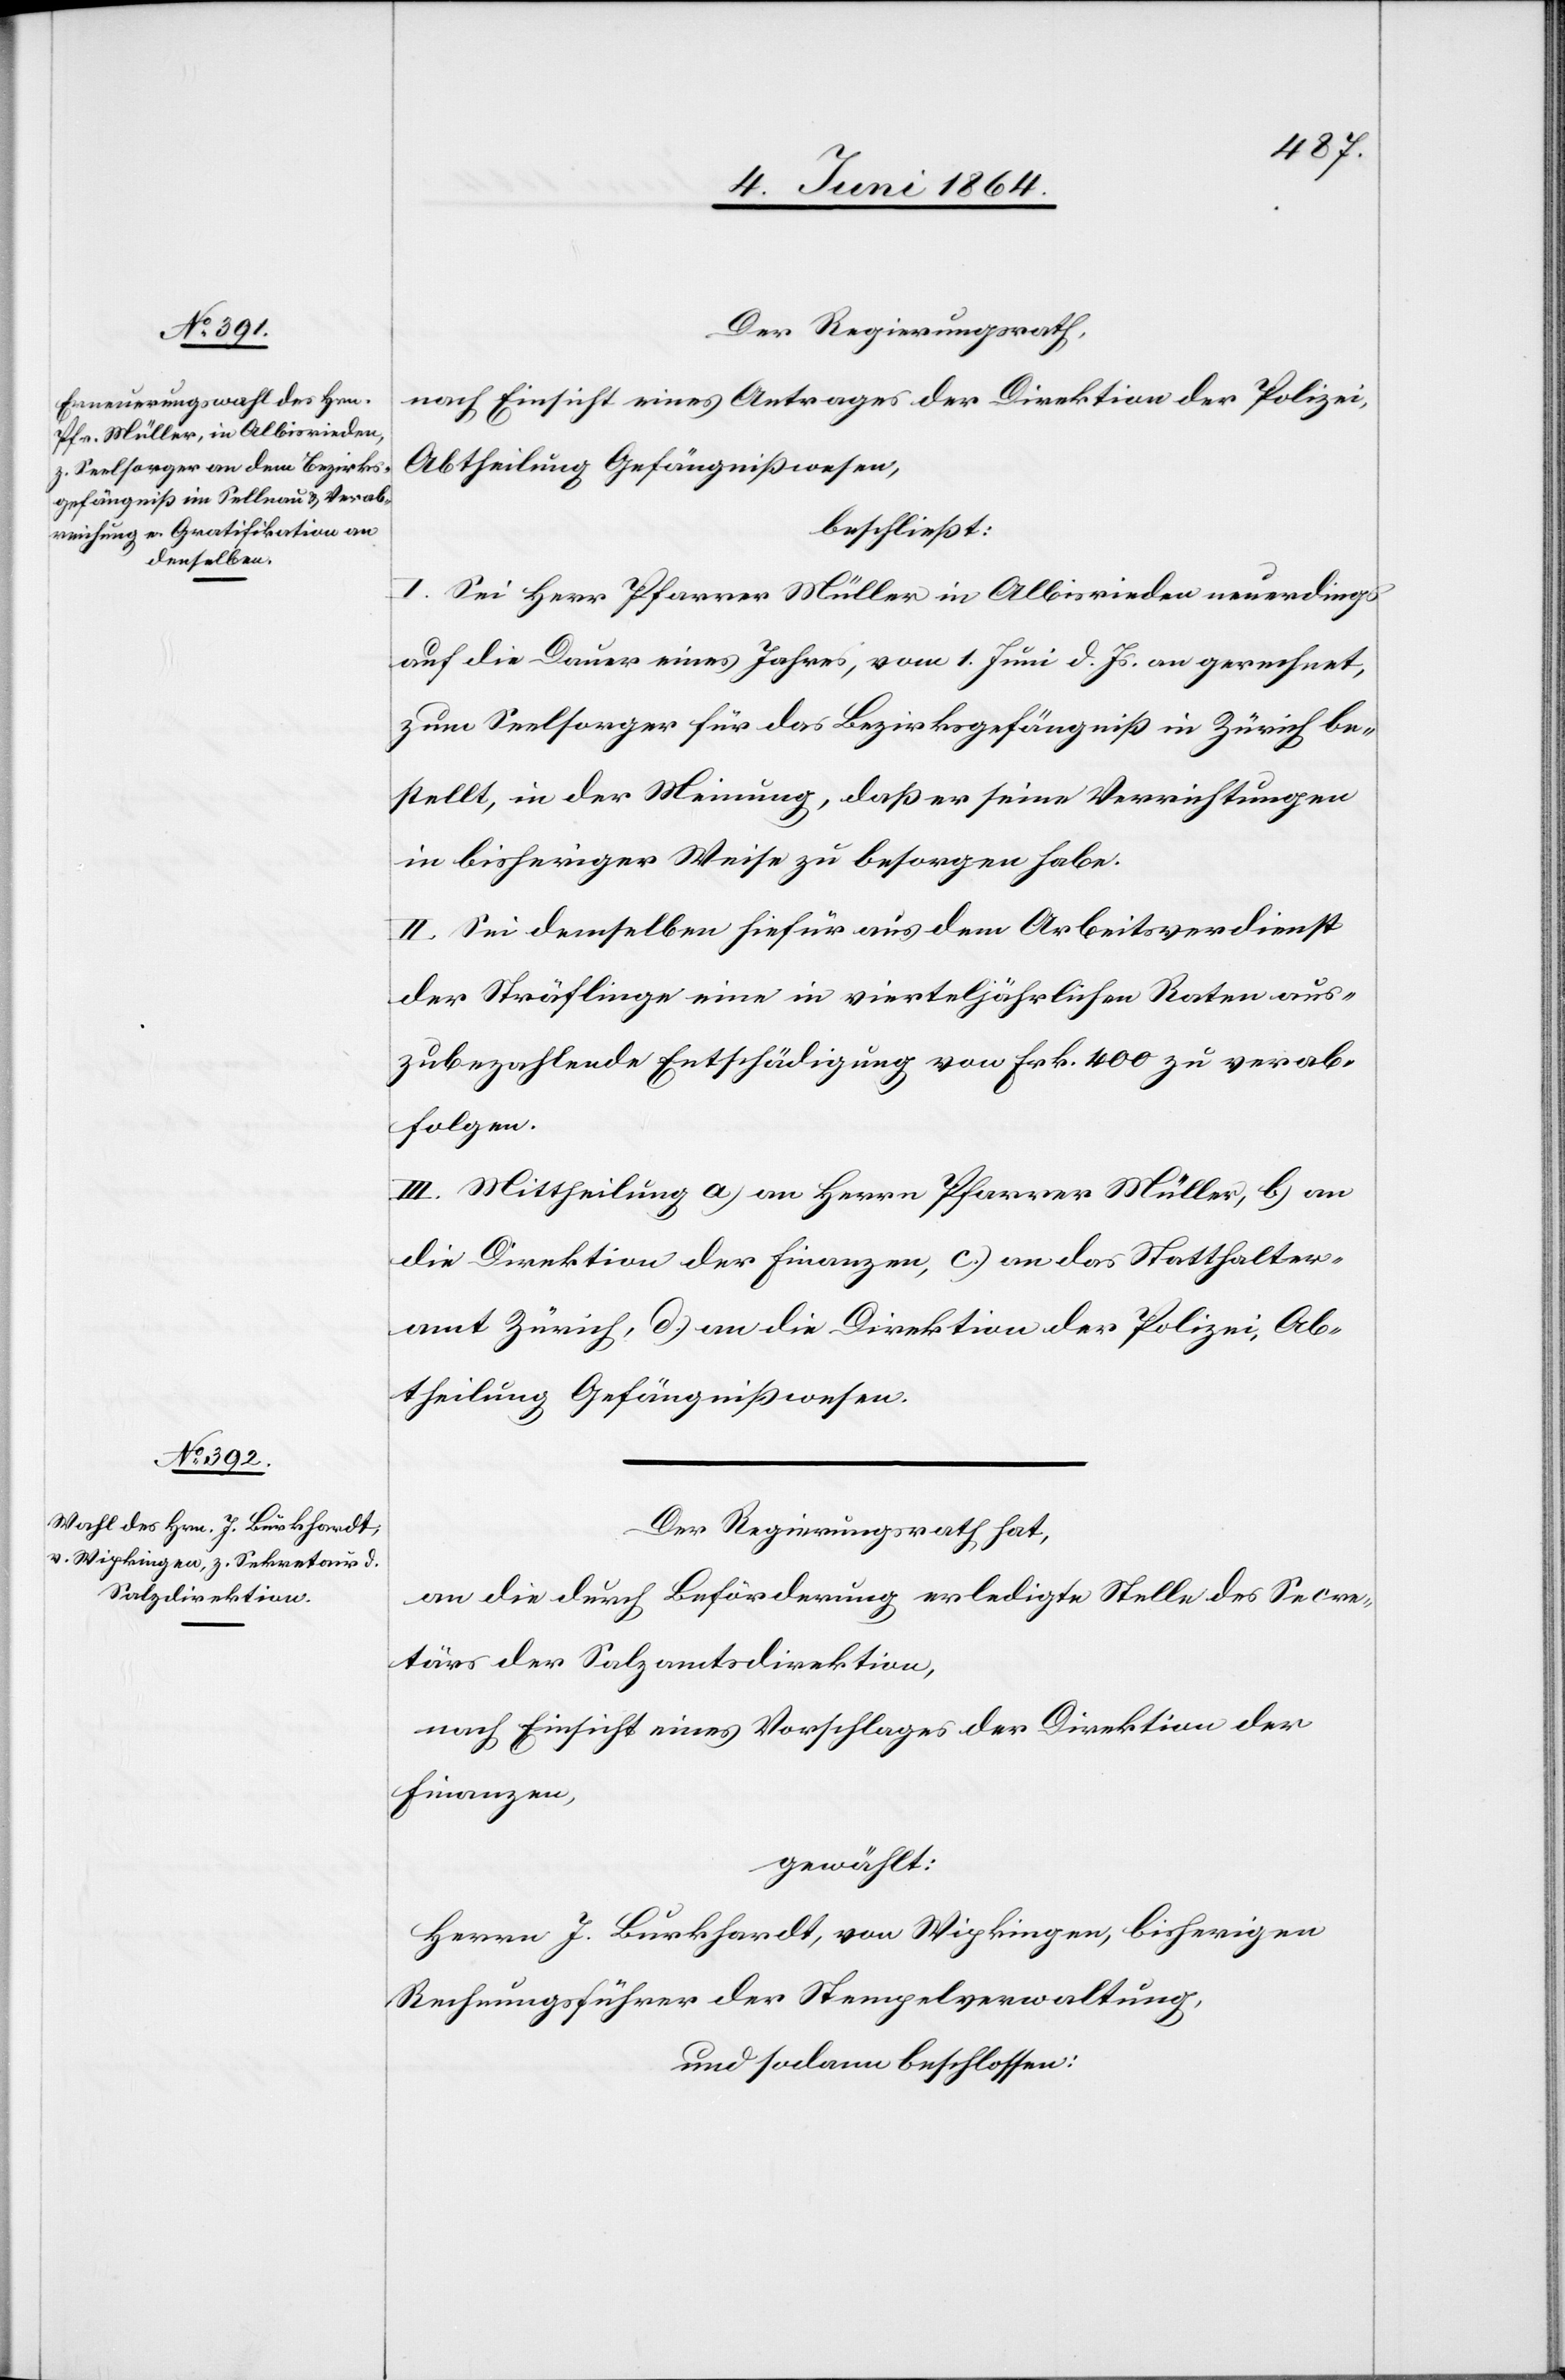
Der Regierungsrath,
nach Einsicht eines Antrages der Direktion der Polizei,
Abtheilung Gefängnißwesen,
beschließt:
I. Sei Herr Pfarrer Müller in Albisrieden neuerdings
auf die Dauer eines Jahres, vom 1. Juni d. Js. an gerechnet,
zum Seelsorger für das Bezirksgefängniß in Zürich be¬
stellt, in der Meinung, daß er seine Verrichtungen
in bisheriger Weise zu besorgen habe.
II. Sei demselben hiefür aus dem Arbeitsverdienst
der Sträflinge eine in vierteljährlichen Raten aus¬
zubezahlende Entschädigung von Frk. 400 zu verab¬
folgen.
III. Mittheilung a) an Herrn Pfarrer Müller, b) an
die Direktion der Finanzen, c) an das Statthalter¬
amt Zürich, d) an die Direktion der Polizei, Ab¬
theilung Gefängnißwesen.
Der Regierungsrath hat,
an die durch Beförderung erledigte Stelle des Secre¬
tärs der Salzamtsdirektion,
nach Einsicht eines Vorschlages der Direktion der
Finanzen,
gewählt:
Herrn J. Burkhardt, von Wipkingen, bisherigen
Rechnungsführer der Stempelverwaltung,
und sodann beschlossen: